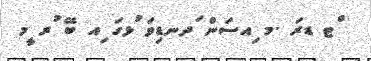
ްޓ ޑރަ .މ ިއސަން ަދނޑިވަ ުޅގަ ިއ ބޭ ުރ ީމ